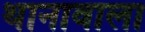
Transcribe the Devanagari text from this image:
थानावाला